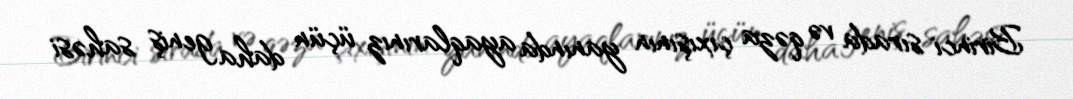
Birinci sırada və qəza çıxışının yanında ayaqlarınız üçün daha geniş sahəsi